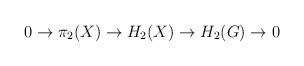
LaTeX: \begin{align*}0\to \pi_2(X) \to H_2(X) \to H_2(G) \to 0\end{align*}